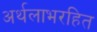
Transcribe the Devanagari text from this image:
अर्थलाभरहित